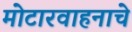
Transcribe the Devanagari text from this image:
मोटारवाहनाचे